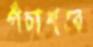
পঁচাশবে